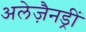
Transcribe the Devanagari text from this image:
अलेज़ैनड्रीं